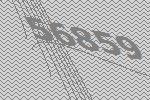
56859